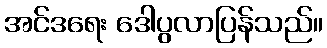
အင်ဒရေး ဒေါပွလာပြန်သည်။